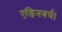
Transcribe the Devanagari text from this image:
एडिनबर्घ।